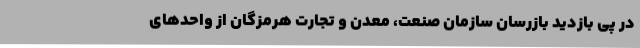
در پی بازدید بازرسان سازمان صنعت، معدن و تجارت هرمزگان از واحدهای